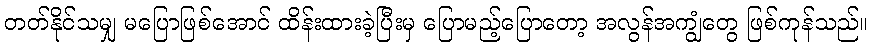
တတ်နိုင်သမျှ မပြောဖြစ်အောင် ထိန်းထားခဲ့ပြီးမှ ပြောမည့်ပြောတော့ အလွန်အကျွံတွေ ဖြစ်ကုန်သည်။